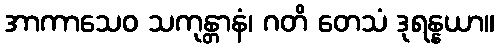
အာကာသေဝ သကုန္တာနံ၊ ဂတိ တေသံ ဒုရန္နယာ။